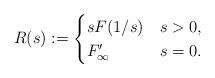
LaTeX: \begin{align*} R(s) := \begin{cases}s F(1/s)&s>0,\\F_{\infty}' &s=0.\end{cases}\end{align*}